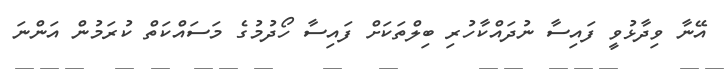
އޭނާ ވިދާޅުވީ ފައިސާ ނުދައްކާހުރި ބިލްތަކަށް ފައިސާ ހޯދުމުގެ މަސައްކަތް ކުރަމުން އަންނަ